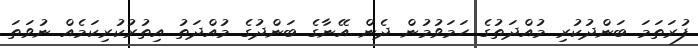
ފުރަތަމަ ބަންދުކުރި މުއްދަތުގެ ހަމަވުމުން ދެން އޭނާގެ ބަންދުގެ މުއްދަތު އިތުރުކުރިކަމެއް ނުވަތަ